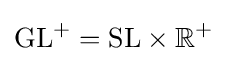
\mathrm {GL} ^{+}=\mathrm {SL} \times \mathbb {R} ^{+}